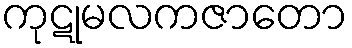
ကုဋုမလကဇာတော